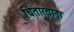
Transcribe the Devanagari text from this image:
चितारताना